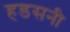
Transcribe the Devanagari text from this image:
हडसनी